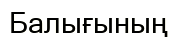
Балығының